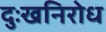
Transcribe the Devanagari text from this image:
दुःखनिरोध